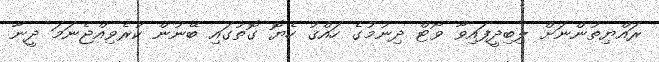
ރައްޔިތުންނަށް ލިބިދީފައިވާ ވޯޓް ދިނުމުގެ ހައްޤު ހެޔޮ ގޮތުގައި ބޭނުން ކުރެވިއްޖެނަމަ ދީނާ